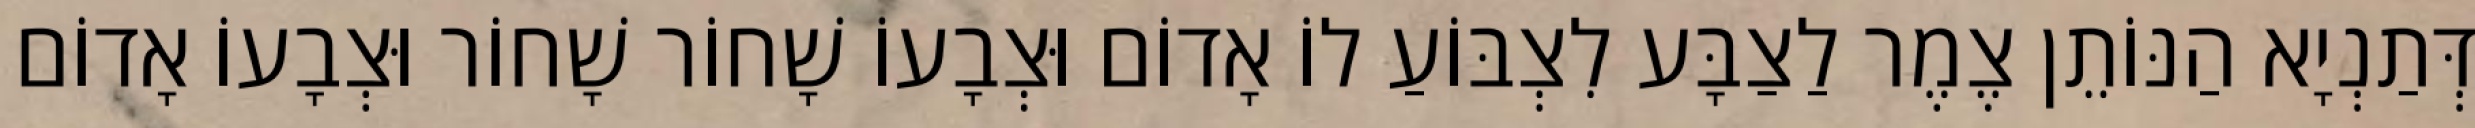
דְּתַנְיָא הַנּוֹתֵן צֶמֶר לַצַבָּע לִצְבּוֹעַ לוֹ אָדוֹם וּצְבָעוֹ שָׁחוֹר שָׁחוֹר וּצְבָעוֹ אָדוֹם